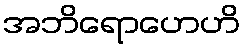
အဘိရောဟေဟိ